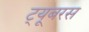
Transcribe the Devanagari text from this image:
ट्यूबरस